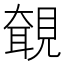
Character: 𧡵